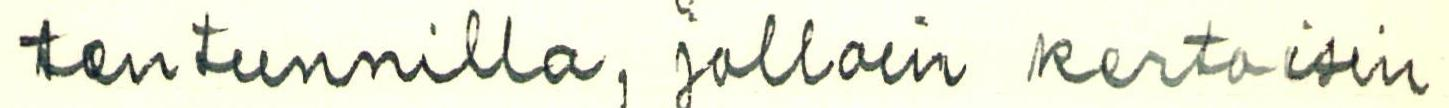
ten tunnilla, jolloin kertoisin